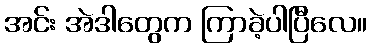
အင်း အဲဒါတွေက ကြာခဲ့ပါပြီလေ။